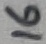
Text: 16